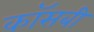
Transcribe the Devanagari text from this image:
कॉसबी